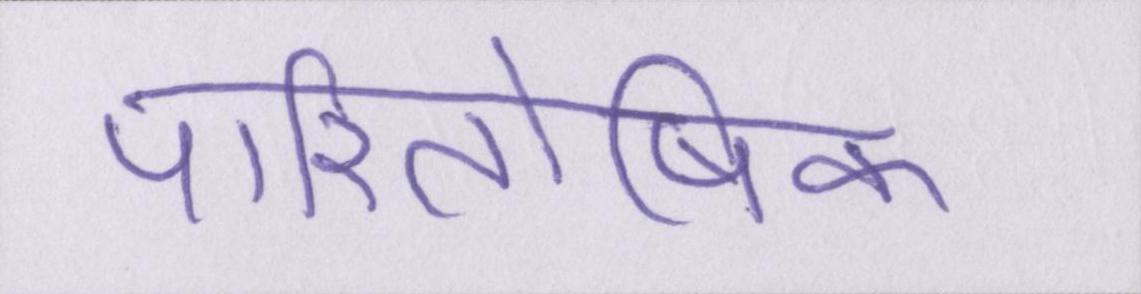
पारितोषिक